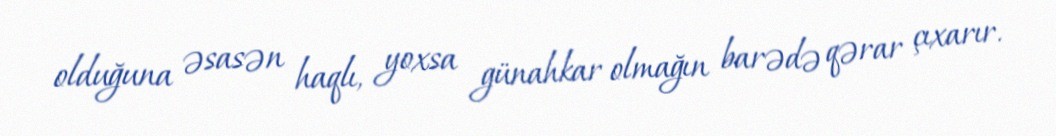
olduğuna əsasən haqlı, yoxsa günahkar olmağın barədə qərar çıxarır.